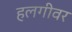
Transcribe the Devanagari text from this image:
हलगीवर